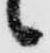
々